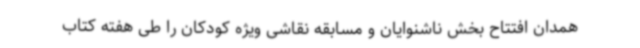
همدان افتتاح بخش ناشنوایان و مسابقه نقاشی ویژه کودکان را طی هفته کتاب